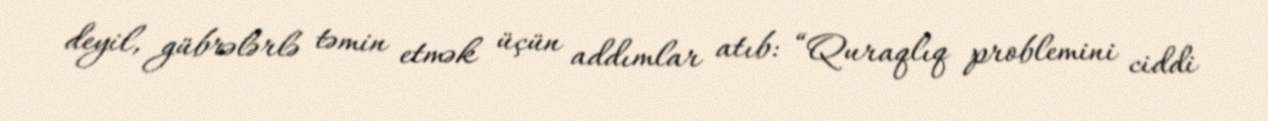
deyil, gübrələrlə təmin etmək üçün addımlar atıb: “Quraqlıq problemini ciddi